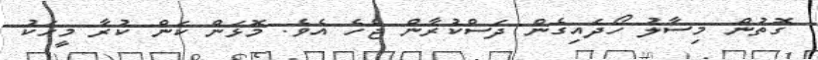
ގޮތުން މިސާލު ހޯދައިގެން ދަސްކުރާން ޖެހެ އެވެ. މޮޅަން ކަން ކުރާ މީހަކު